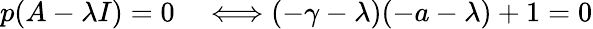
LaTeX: \begin{array}{rl}{p(A-\lambda I)=0}&{{}\Longleftrightarrow(-\gamma-\lambda)(-a-\lambda)+1=0}\end{array}